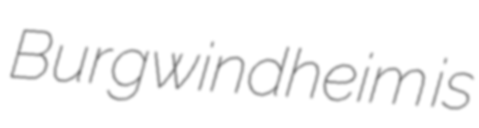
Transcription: Burgwindheim is